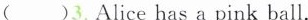
( )3.Alice has a pink ball.